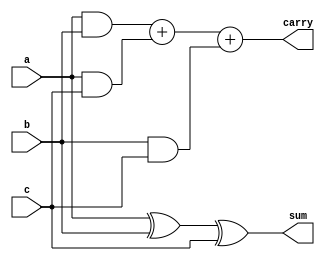
module full_adder(a,b,c,sum,carry);
  input a,b,c;
  output sum,carry;
  assign sum=a^b^c;
  assign carry=(a&b)+(a&c)+(b&c);
endmodule